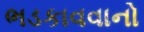
ભડકાવવાનો